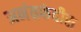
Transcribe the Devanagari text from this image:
अनंतफंदीस